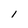
Character: l